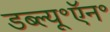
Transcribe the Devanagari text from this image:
डब्ल्यू॰ऍन॰